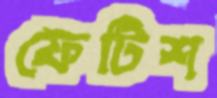
ফেটিশ